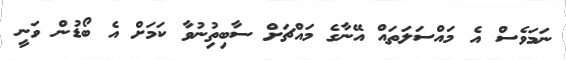
ނަމަވެސް އެ މައްސަލަތައް އޭނާގެ މައްޗަށް ސާބިތިުނުވާ ކަމަށް އެ ބޯޑުން ވަނީ